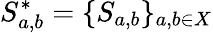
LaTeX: S_{a,b}^{*}=\{ S_{a,b}\} _{a,b\in X}